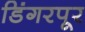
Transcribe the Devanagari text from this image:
डिंगरपूर